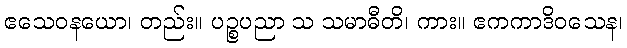
ဧသေဝနယော၊ တည်း။ ပဉ္စပညာ သ သမာဓီတိ၊ ကား။ ဧကကာဒိဝသေန၊